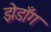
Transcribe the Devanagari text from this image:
झेडाँग